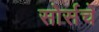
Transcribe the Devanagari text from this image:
सोर्सचे